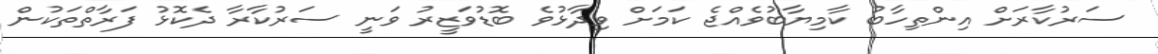
ސަރުކާރަށް އިންތިހާބު ކާމިޔާބުވެއްޖެ ކަމަށް ވިދާޅުވެ ބޮޑުވަޒީރު ވަނީ ސަރުކާރާ ދެކޮޅު ފަރާތްތަކުން